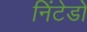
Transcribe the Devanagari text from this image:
निंटेडो